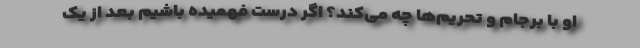
او با برجام و تحریم‌ها چه می‌کند؟ اگر درست فهمیده باشیم بعد از یک